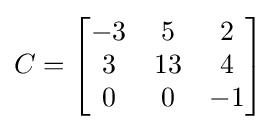
C={\begin{bmatrix}-3&5&2\\3&13&4\\0&0&-1\end{bmatrix}}